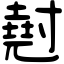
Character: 𡭄